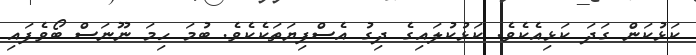
ކަޅުކަން ގަދަ ކަޅިއެކެވެ. ކަޅުކުލައިގެ ދިގު އެސްފިޔަތަކެކެވެ. ބުމަ ހިމަ ނޫނަސް ބޯވެފައި